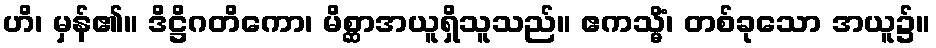
ဟိ၊ မှန်၏။ ဒိဋ္ဌိဂတိကော၊ မိစ္ဆာအယူရှိသူသည်။ ဧကသ္မိံ၊ တစ်ခုသော အယူ၌။